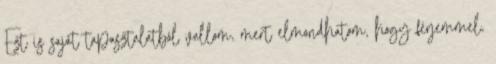
Ezt is saját tapasztalatból vallom, mert elmondhatom, hogy férjemmel,